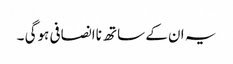
یہ ان کے ساتھ ناانصافی ہوگی ۔